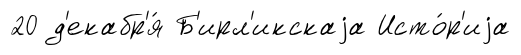
20 д'екабр'я́ Б'ирл'икскаjа Исто́р'иjа